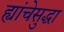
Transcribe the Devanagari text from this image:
ह्यांचेसुद्धा